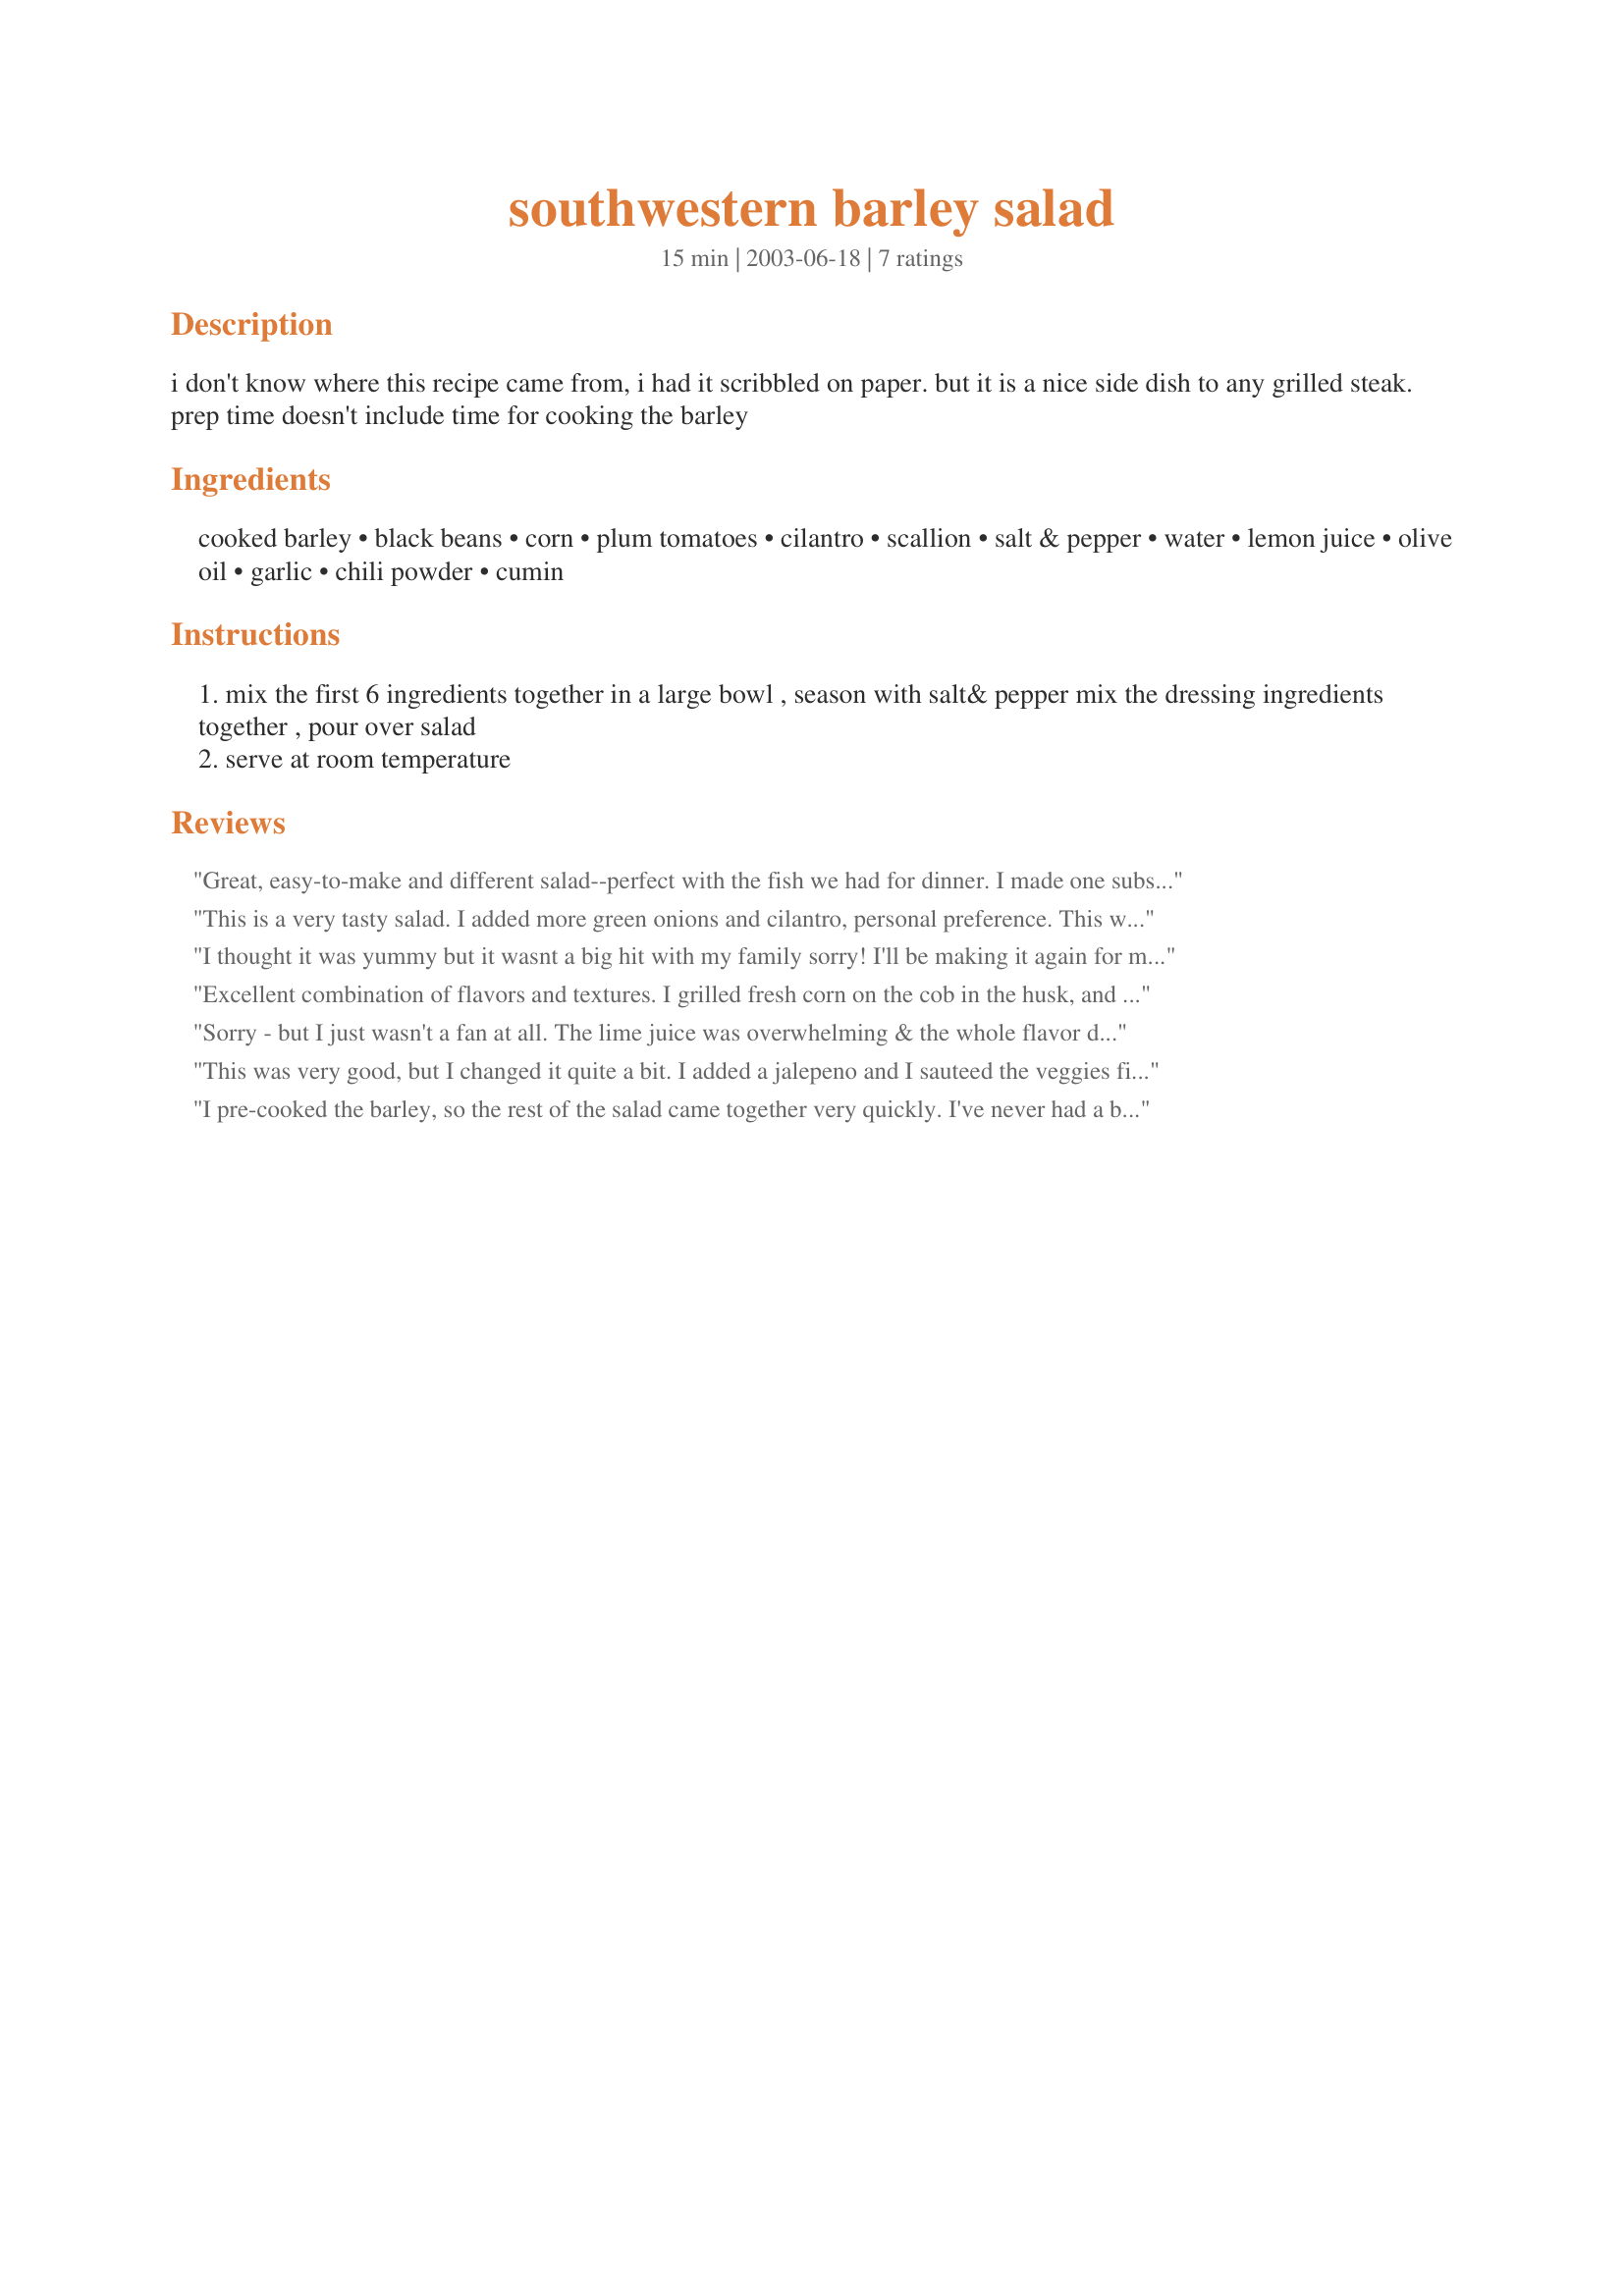
southwestern barley salad
Preparation time: 15 minutes

i don't know where this recipe came from, i had it scribbled on paper. but it is a nice side dish to any grilled steak. prep time doesn't include time for cooking the barley

Ingredients:
cooked barley, black beans, corn, plum tomatoes, cilantro, scallion, salt & pepper, water, lemon juice, olive oil, garlic, chili powder, cumin

Steps:
mix the first 6 ingredients together in a large bowl , season with salt& pepper mix the dressing ingredients together , pour over salad
serve at room temperature

Reviews:
Great, easy-to-make and different salad--perfect with the fish we had for dinner. I made one subsitution in this recipe--I used kidney beans instead of black beans--it was still delicious but next time I make it I will use black beans.
This is a very tasty salad. I added more green onions and cilantro, personal preference. This will become a new favorite. 8-)
I thought it was yummy but it wasnt a big hit with my family sorry! I'll be making it again for myself
Excellent combination of flavors and textures. I grilled fresh corn on the cob in the husk, and cooked the barley in chicken broth. There was a little broth left when the barley was done, so I omitted the water in the dressing - also added a little more chili powder after tasting. I used halved cherry tomatoes instead of the plum tomatoes. I like the light dressing, and the colors of the veggies with the barley and beans makes a nice presentation. I'm sure I'll be making this often.
Sorry - but I just wasn't a fan at all. The lime juice was overwhelming & the whole flavor didn't work for me.
This was very good, but I changed it quite a bit. I added a jalepeno and I sauteed the veggies first in a little bit of the dressing, as I wanted it a little warm and cooked.
I pre-cooked the barley, so the rest of the salad came together very quickly. I've never had a barley salad before, and it's a nice way to add grains to the diet with these tasty southwestern flavors. I think I'll add some spicy peppers to it next time - the barley absorbed and diluted some of the flavors, and I think the peppers might give it just the right kick for our tastes.

Made for PAC Fall 2007. As usual, chia, we've enjoyed all three recipes.
